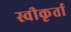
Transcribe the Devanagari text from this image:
स्वीकृर्ता